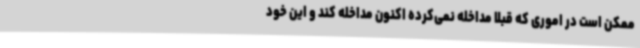
ممکن است در اموری که قبلا مداخله نمی‌کرده اکنون مداخله کند و این خود